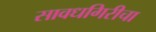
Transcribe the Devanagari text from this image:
सावधगिरीचा